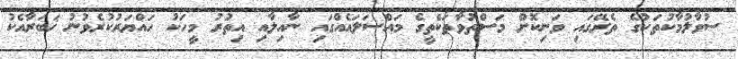
ސުވާލުމާކުތަކުގެ ތެރޭގައި ވަނިކޮށް މަސްތުވާތަކެތީގެ މައްސަލައެއްގައި ނާއިލާއި އިތުރު މީހަކު ހައްޔަރުކުރެވުނު ޚަބަރާއެކު